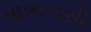
માલાગાસી